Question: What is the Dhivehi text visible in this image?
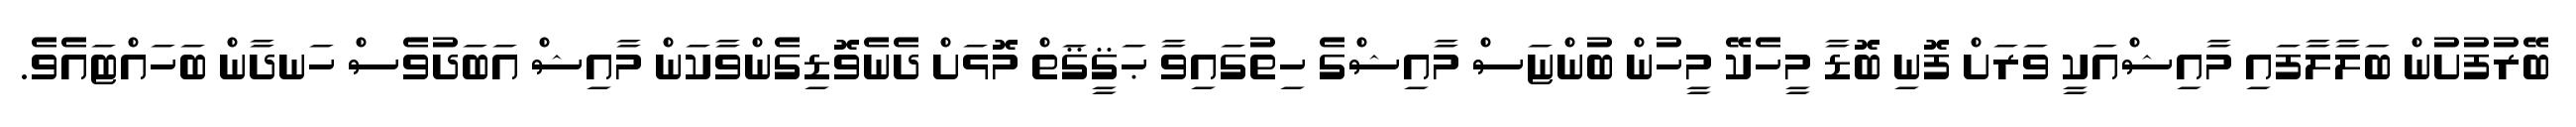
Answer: ބޭރުފުށުން ބަލާލާފައި މާއިޝްއަކީ ވަރަށް ފޮނި ބޮޑާ މީހެކޭ މީހުން ބުންޏަސް މާއިޝްގެ ހިތުގައިވާ ޙަޤީޤަތް މޮޅަށް ދެނެވޮޑިގެންވާކަން މާއިޝް އަބަދުވެސް ހަނދާން ބަހައްޓައެވެ.